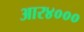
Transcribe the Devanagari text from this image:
आर४०००